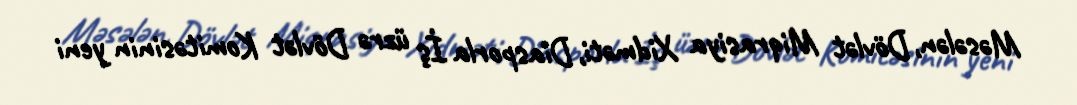
Məsələn, Dövlət Miqrasiya Xidməti, Diasporla İş üzrə Dövlət Komitəsinin yeni